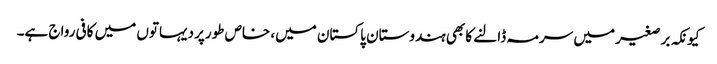
کیونکہ برصغیر میں سرمہ ڈالنے کا بھی ہندوستان پاکستان میں، خاص طورپر دیہاتوں میں کافی رواج ہے۔